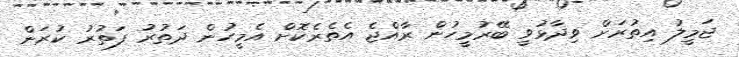
ޖަމީލު އިތުރަށް ވިދާޅުވީ ބޭރުމީހުން ރާއްޖެ އެތެރެކޮށް އެމީހުން ދަތުރު ފަތުރު ކުރަން